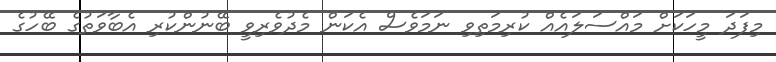
މިފަދަ މީހަކަށް މައްސަލައެއް ކުރިމަތިވި ނަމަވެސް އެކަން މެދުވެރިވީ ބޭނުންކުރި އެބާވަތުގެ ބޭހުގެ